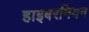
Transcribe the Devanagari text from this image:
हाइबरनियन